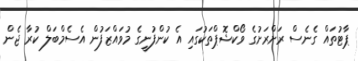
ޕާޓުތައް ގެނެސް ރަށްރަށުގެ ވޯކްޝޮޕްތަކުގައި އެ ކުންފުނީގެ މުވައްޒަފުން އެސެމްބަލް ކުރާ ޖެން